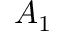
A _ { 1 }